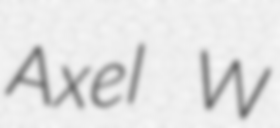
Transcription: Axel W